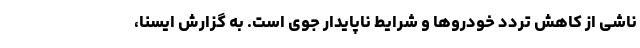
ناشی از کاهش تردد خودروها و شرایط ناپایدار جوی است. به گزارش ایسنا،